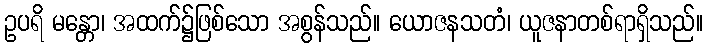
ဥပရိ မန္တော၊ အထက်၌ဖြစ်သော အစွန်သည်။ ယောဇနသတံ၊ ယူဇနာတစ်ရာရှိသည်။